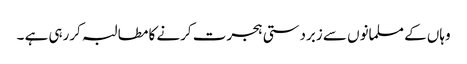
وہاں کے مسلمانوں سے زبردستی ہجرت کرنے کا مطالبہ کررہی ہے ۔